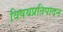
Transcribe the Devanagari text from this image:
विषयप्रतिपादन